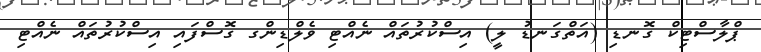
ޕްލާސްޓިކް ގޮނޑި (އަތްގަނޑު ލީ) އިސްކުރުތައް ނެއްޓި ވެލްޑިންގ ގޮސްފައި އިސްކުރުތައް ނެއްޓި